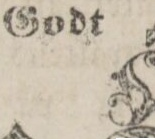
Godt